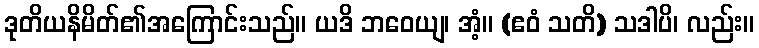
ဒုတိယနိမိတ်၏အကြောင်းသည်။ ယဒိ ဘဝေယျ၊ အံ့။ (ဧဝံ သတိ) သဒါပိ၊ လည်း။